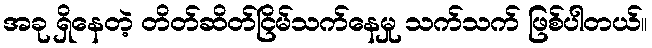
အခု ရှိနေတဲ့ တိတ်ဆိတ်ငြိမ်သက်နေမှု သက်သက် ဖြစ်ပါတယ်။